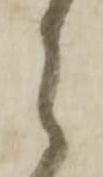
之